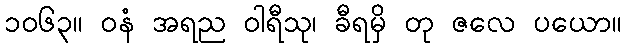
၁၀၆၃။ ဝနံ အရည ဝါရီသု၊ ခီရမှိ တု ဇလေ ပယော။